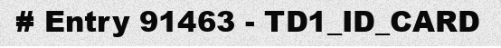
# Entry 91463 - TD1_ID_CARD